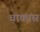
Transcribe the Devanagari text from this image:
चाकास